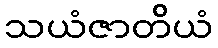
သယံဇာတိယံ